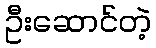
ဦးဆောင်တဲ့